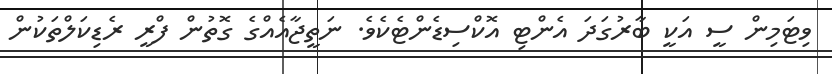
ވިޓަމިން ސީ އަކީ ބާރުގަދަ އެންޓި އޮކްސިޑެންޓެކެވެ. ނަތީޖާއެއްގެ ގޮތުން ފްރީ ރެޑިކަލްތަކުން